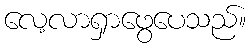
လေ့လာရှာဖွေပေသည်။